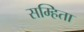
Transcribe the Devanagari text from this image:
सम्हिता